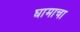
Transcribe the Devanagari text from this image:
घामाचा